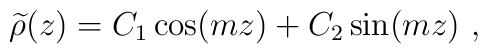
{\widetilde \rho}(z)=C_1 \cos(mz)+C_2 \sin(mz)~,